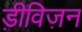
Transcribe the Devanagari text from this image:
ड़ीविज़न